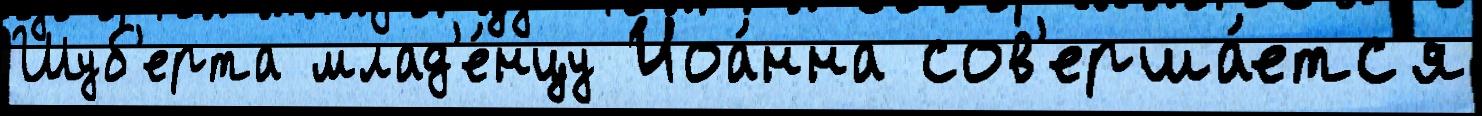
Шуб'ерта млад'е́нцу Иоа́нна сов'ерша́етс'я